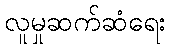
လူမှုဆက်ဆံရေး